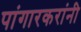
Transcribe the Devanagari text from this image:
पांगारकरांनी